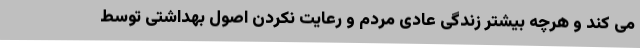
می کند و هرچه بیشتر زندگی عادی مردم و رعایت نکردن اصول بهداشتی توسط